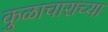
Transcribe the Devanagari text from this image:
कुळाचाराच्या